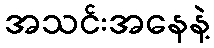
အသင်းအနေနဲ့